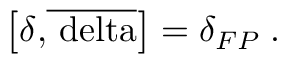
\left[ \delta \mathrm { { , } \overline { { { \ d e l t a } } } } \right] = \delta _ { F P } \; .